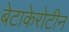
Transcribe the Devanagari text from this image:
बेटाकेरोटीन